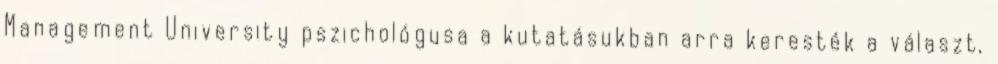
Management University pszichológusa a kutatásukban arra keresték a választ,